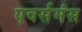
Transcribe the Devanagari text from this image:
एवर्समंस